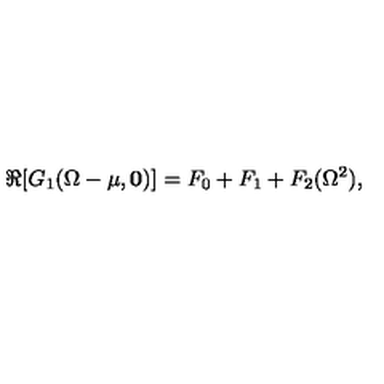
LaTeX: \Re [ G _ { 1 } ( \Omega - \mu , { \mathbf 0 } ) ] = F _ { 0 } + F _ { 1 } + F _ { 2 } ( \Omega ^ { 2 } ) ,